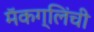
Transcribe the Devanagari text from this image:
मॅकग्लिंची